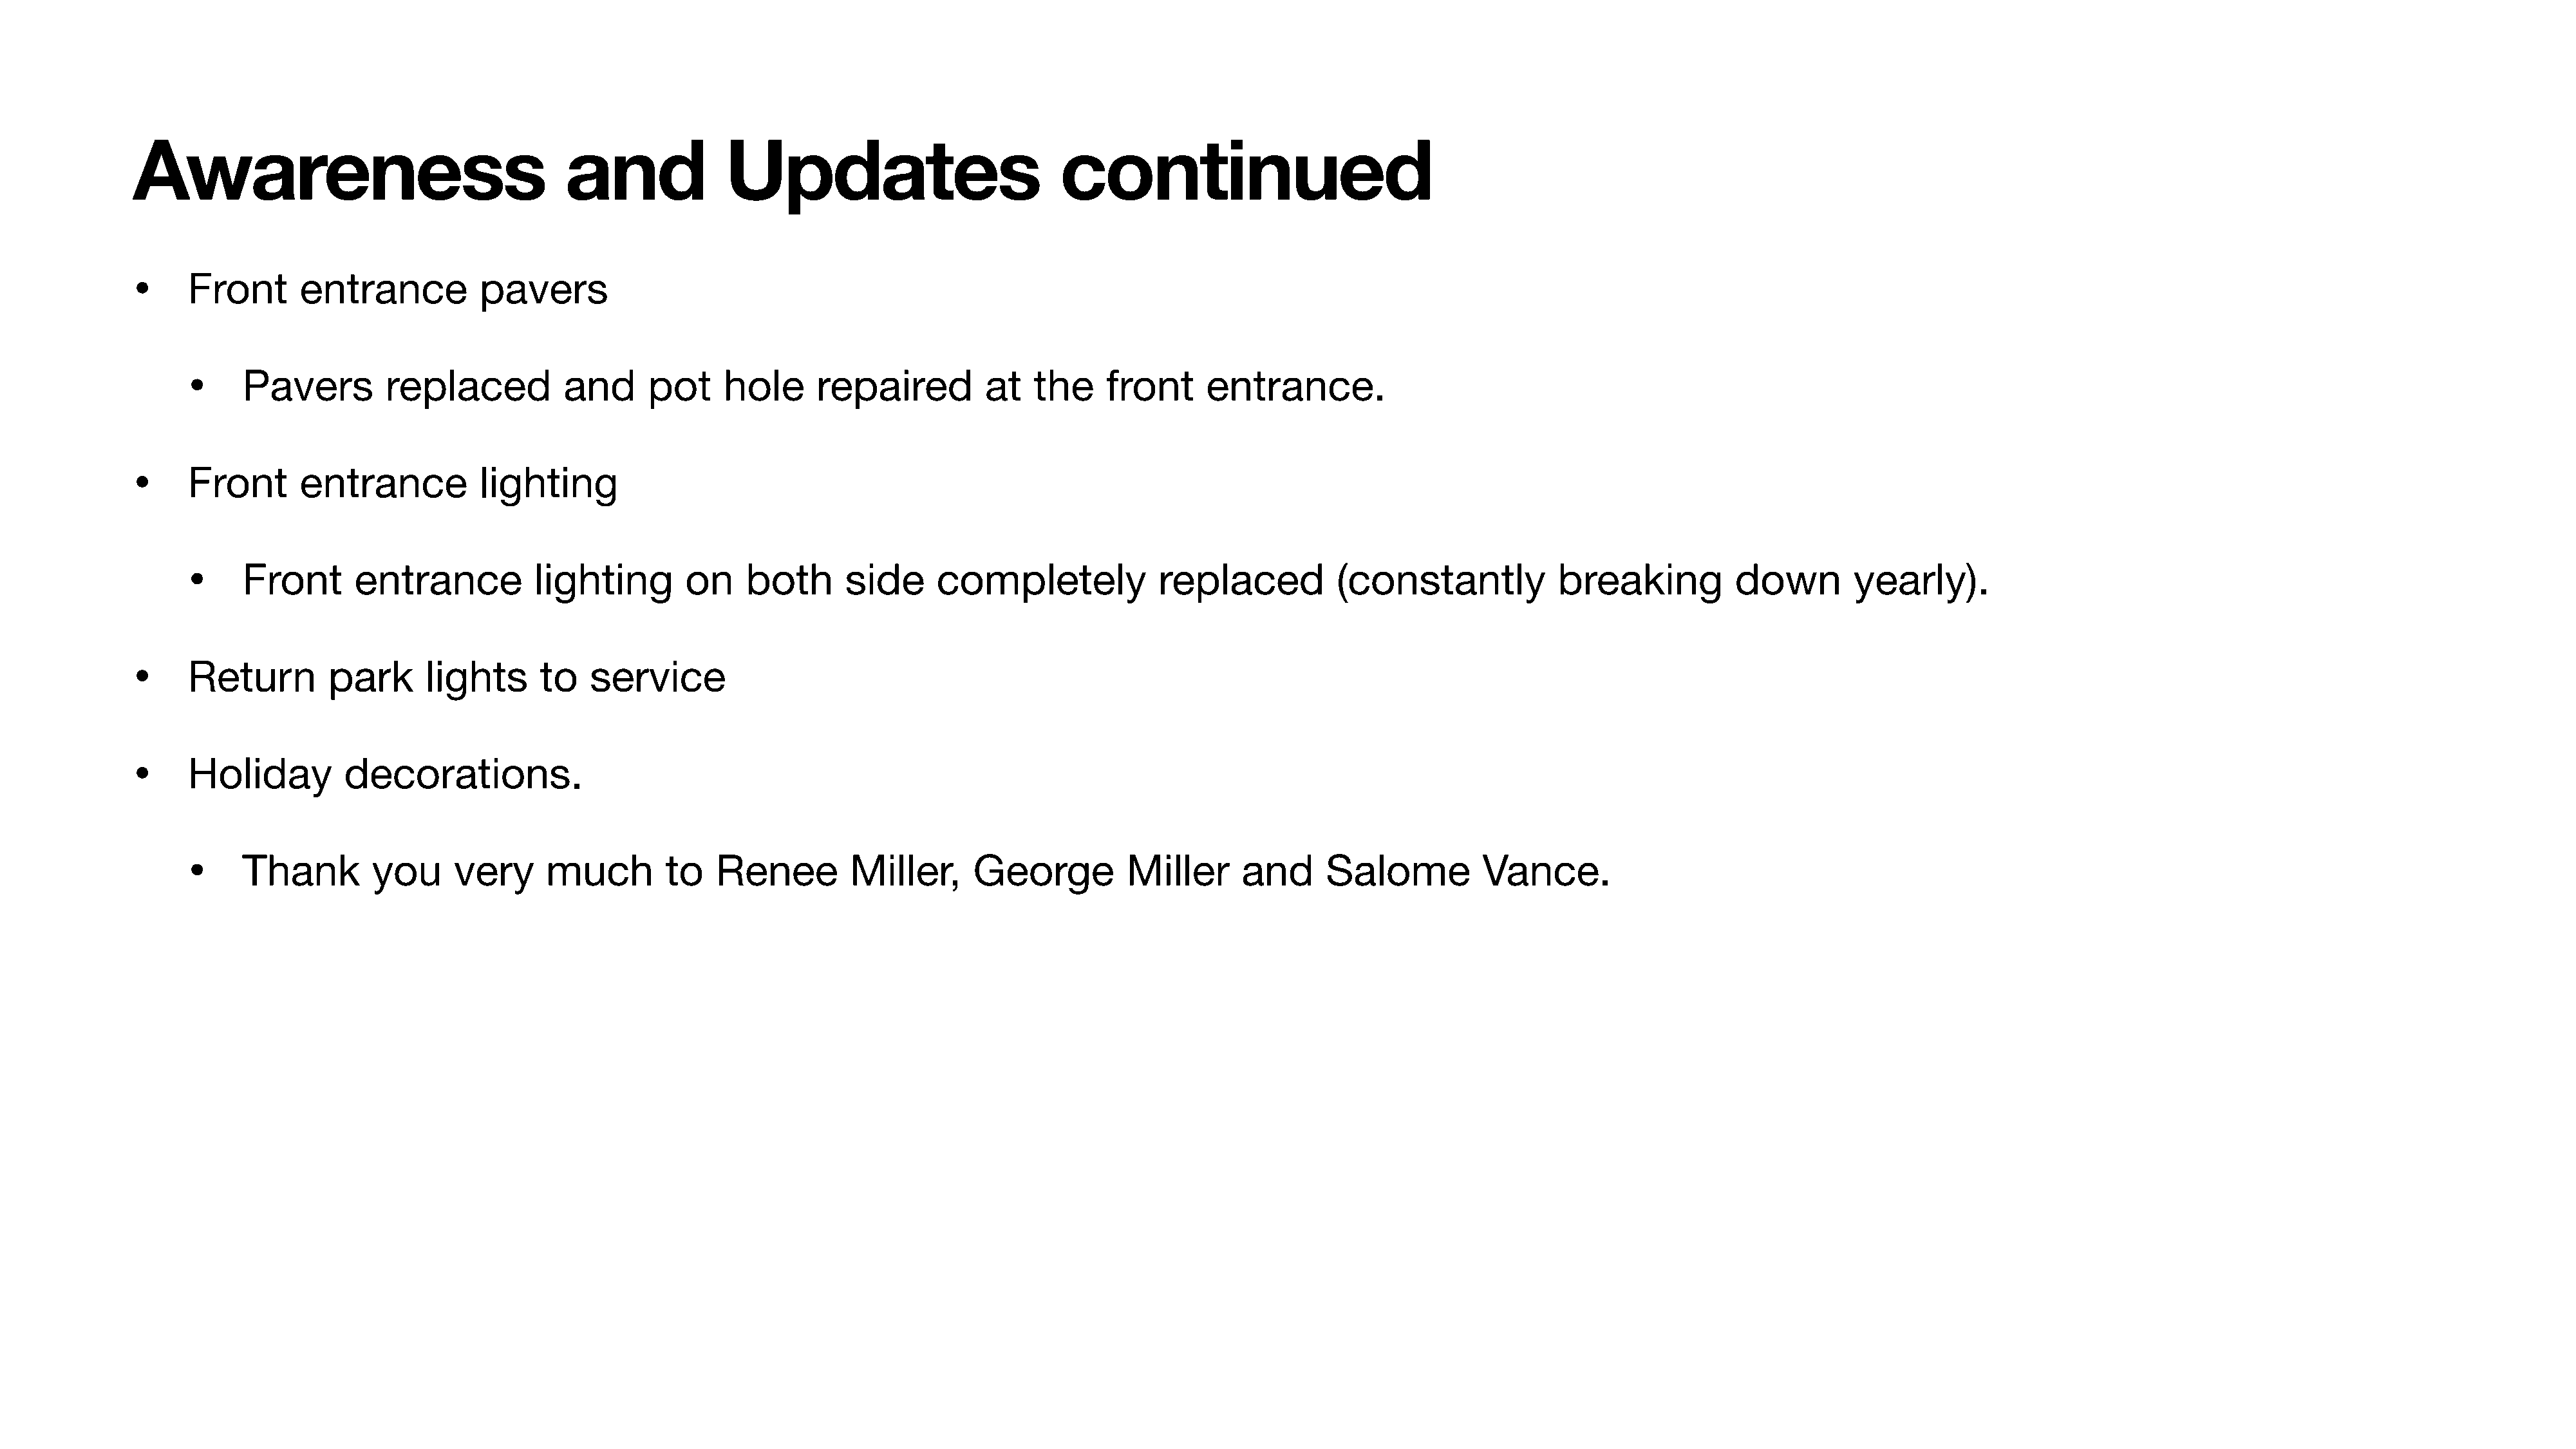
Awareness                                   and              Updates                           continued
 •
 Front       entrance          pavers
 •
 Pavers         replaced          and      pot    hole      repaired         at   the     front     entrance.
 •
 Front       entrance          lighting
 •
 Front      entrance           lighting       on     both      side     completely             replaced          (constantly            breaking          down         yearly).
 •
 Return         park      lights     to    service
 •
 Holiday         decorations.
 •
 Thank        you      very     much        to    Renee        Miller,      George          Miller      and     Salome          Vance.